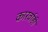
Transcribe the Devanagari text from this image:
कारर्वाही